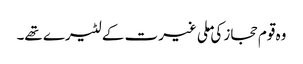
وہ قوم حجاز کی ملی غیرت کے لٹیرے تھے۔